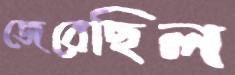
জেরেছিল